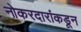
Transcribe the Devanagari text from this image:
नोकरदारांकडून